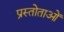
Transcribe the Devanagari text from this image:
प्रस्तोताओं